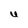
Character: U